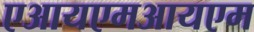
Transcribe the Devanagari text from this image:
एआयएमआयएम